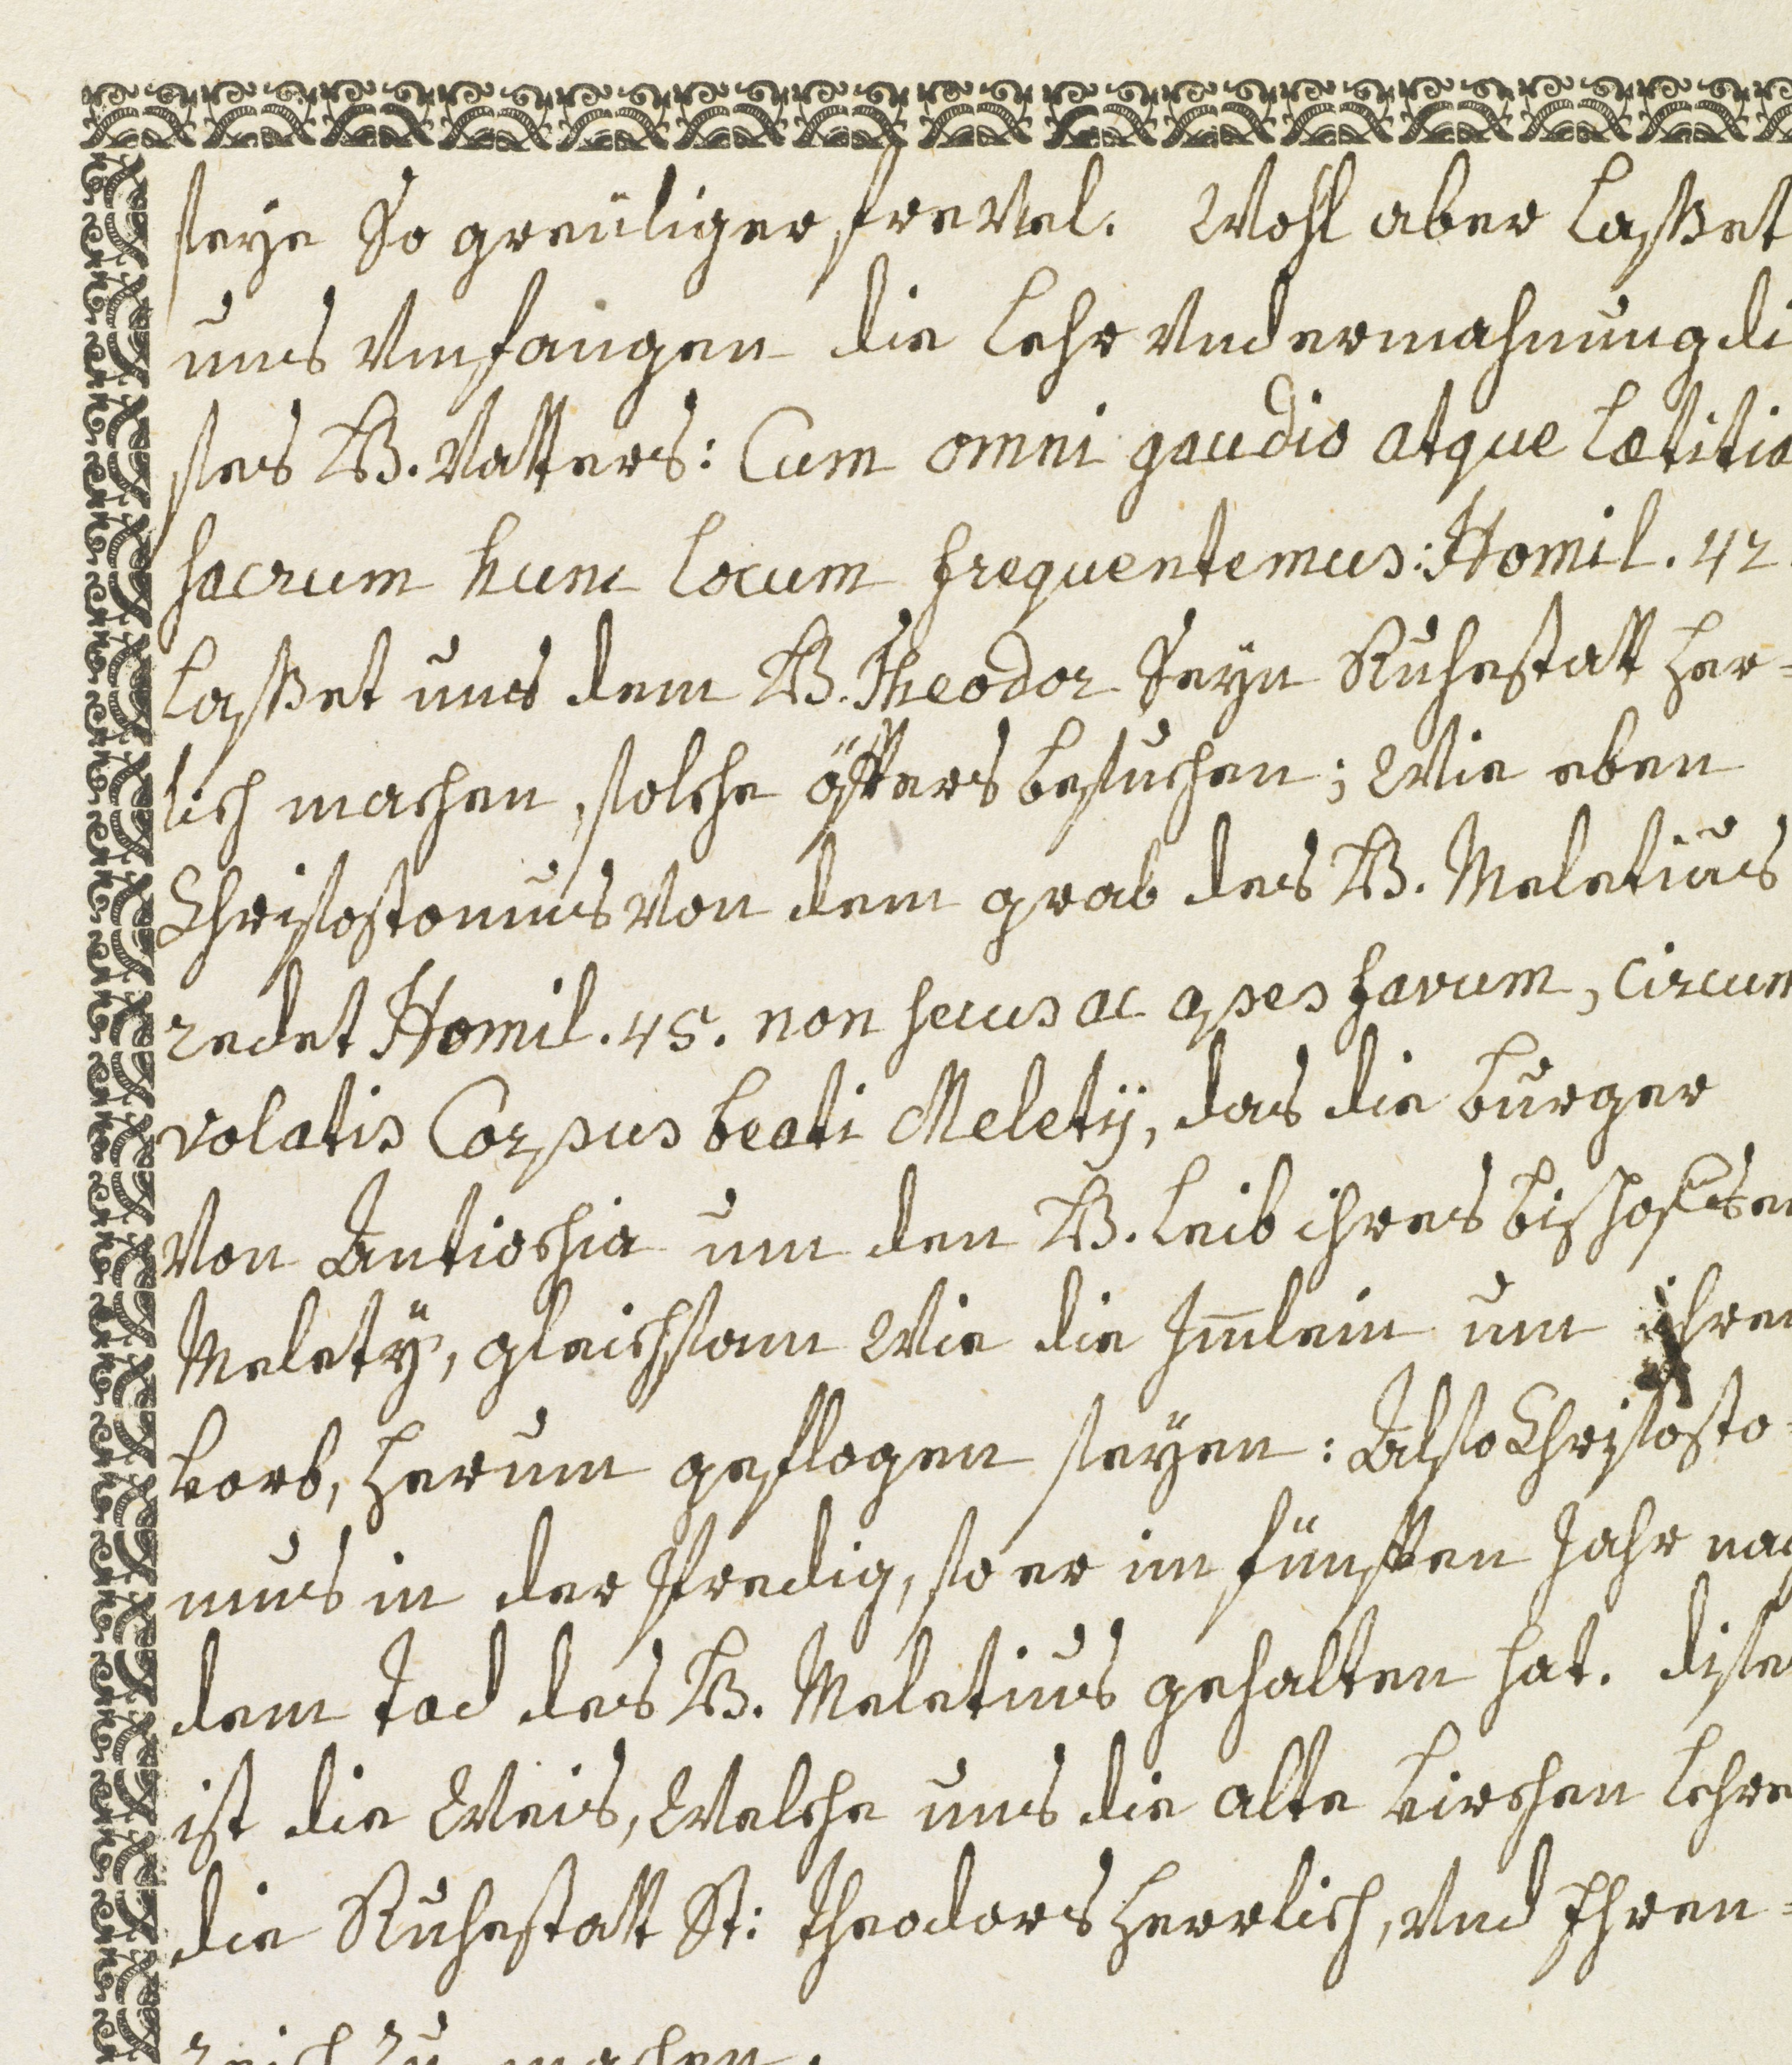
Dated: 1600–1699